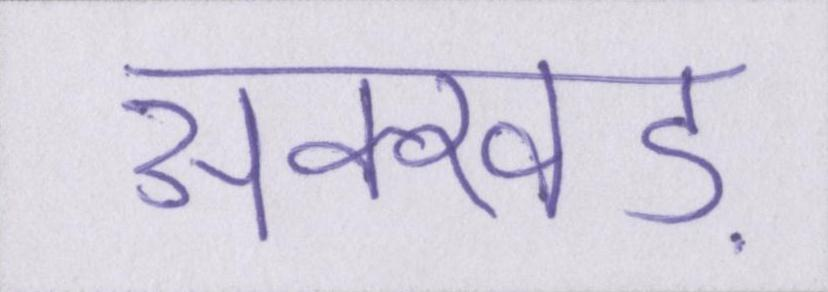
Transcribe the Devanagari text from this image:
अक्खड़